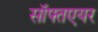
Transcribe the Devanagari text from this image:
सॉफ्तएयर